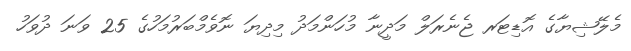
މެލޭޝިޔާގެ އޮޑިޓަރ ޖެނެރަލް މަދީނާ މުހަންމަދު މިދިޔަ ނޮވެމްބަރުމަހުގެ 25 ވަނަ ދުވަހު